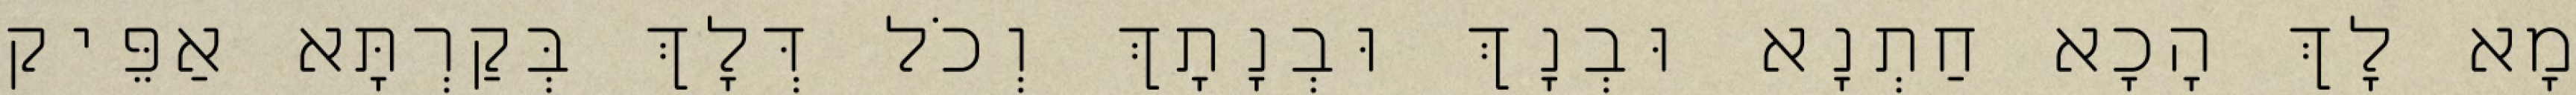
מָא לָךְ הָכָא חַתְנָא וּבְנָךְ וּבְנָתָךְ וְכֹל דְּלָךְ בְּקַרְתָּא אַפֵּיק